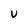
Character: v